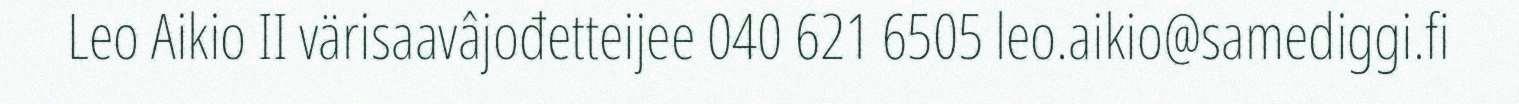
Leo Aikio II värisaavâjođetteijee 040 621 6505 leo.aikio@samediggi.fi